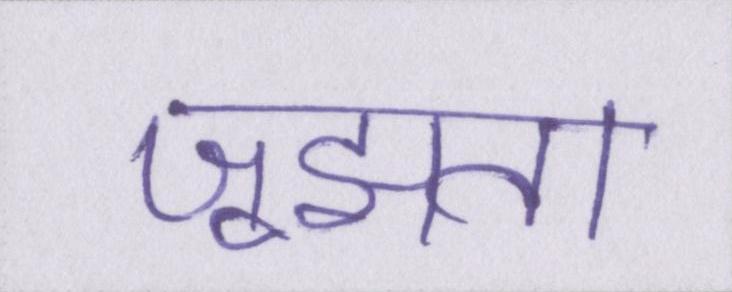
जूझता